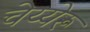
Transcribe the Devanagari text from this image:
चेय्येरू